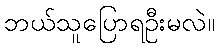
ဘယ်သူပြောရဦးမလဲ။